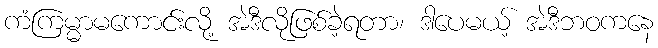
ကံကြမ္မာမကောင်းလို့ အဲဒီလိုဖြစ်ခဲ့ရတာ၊ ဒါပေမယ့် အဲဒီဘဝကနေ